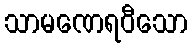
သာမဏေရဝီသော